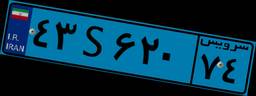
۵۸S۹۶۹۹۹